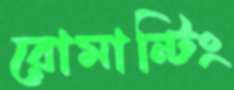
রোমান্টিং